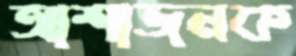
আশাজনক